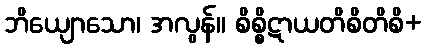
ဘိယျောသော၊ အလွန်။ စိစ္စိဋာယတိစိတိစိ+